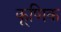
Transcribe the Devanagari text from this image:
कूणिक